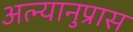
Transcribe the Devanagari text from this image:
अत्न्यानुप्रास